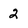
Character: 2